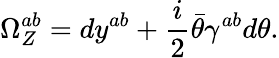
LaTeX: \Omega_{Z}^{ab}=dy^{ab}+{\frac{i}{2}}\bar{\theta}\gamma^{ab}d\theta.